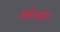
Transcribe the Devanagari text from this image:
आरेलस्टेन